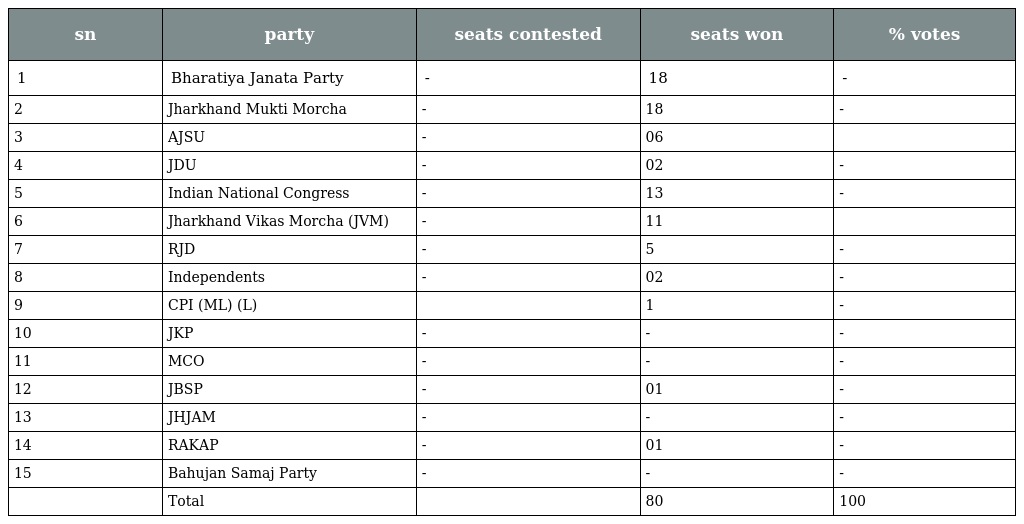
| sn | party | seats contested | seats won | % votes |
 | --- | --- | --- | --- | --- |
 | 1 | Bharatiya Janata Party | - | 18 | - |
 | 2 | Jharkhand Mukti Morcha | - | 18 | - |
 | 3 | AJSU | - | 06 |  |
 | 4 | JDU | - | 02 | - |
 | 5 | Indian National Congress | - | 13 | - |
 | 6 | Jharkhand Vikas Morcha (JVM) | - | 11 |  |
 | 7 | RJD | - | 5 | - |
 | 8 | Independents | - | 02 | - |
 | 9 | CPI (ML) (L) |  | 1 | - |
 | 10 | JKP | - | - | - |
 | 11 | MCO | - | - | - |
 | 12 | JBSP | - | 01 | - |
 | 13 | JHJAM | - | - | - |
 | 14 | RAKAP | - | 01 | - |
 | 15 | Bahujan Samaj Party | - | - | - |
 |  | Total |  | 80 | 100 |